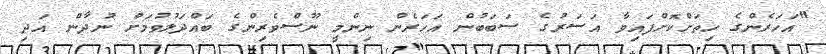
"އަހަރެންގެ ހިތަށްކޮށްފައިވާ އަސަރުގެ ސަބަބުން އަހަރެން ނިންމީ ނޫސްވެރިންގެ ބައްދަލުވުމަށް ނުދާން އަދި